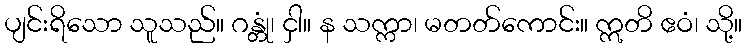
ပျင်းရိသော သူသည်။ ဂန္တုံ၊ ငှါ။ န သက္ကာ၊ မတတ်ကောင်း။ ဣတိ ဧဝံ၊ သို့။